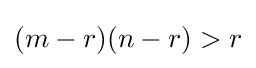
(m-r)(n-r)>r